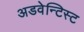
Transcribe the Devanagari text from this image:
अडवेन्टिस्ट